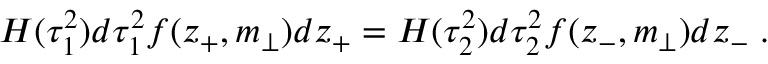
H ( \tau _ { 1 } ^ { 2 } ) d \tau _ { 1 } ^ { 2 } f ( z _ { + } , m _ { \perp } ) d z _ { + } = H ( \tau _ { 2 } ^ { 2 } ) d \tau _ { 2 } ^ { 2 } f ( z _ { - } , m _ { \perp } ) d z _ { - } \; .